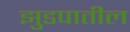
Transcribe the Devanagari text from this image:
झुडपातील